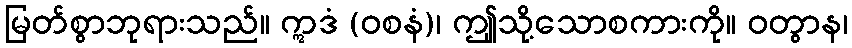
မြတ်စွာဘုရားသည်။ ဣဒံ (ဝစနံ)၊ ဤုသို့သောစကားကို။ ဝတွာန၊